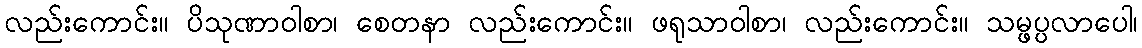
လည်းကောင်း။ ပိသုဏာဝါစာ၊ စေတနာ လည်းကောင်း။ ဖရုသာဝါစာ၊ လည်းကောင်း။ သမ္ဖပ္ပလာပေါ၊